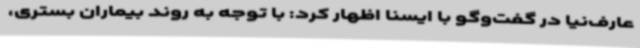
عارف‌نیا در گفت‌وگو با ایسنا اظهار کرد: با توجه به روند بیماران بستری،